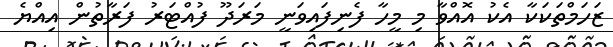
ޒަހަމްތަކަކާ އެކު އޮއްވާ މި މީހާ ފެނިފައިވަނީ މަރަދޫ ފުއްޓަރު ފަރާތުން އިއްޔެ